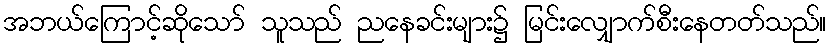
အဘယ်ကြောင့်ဆိုသော် သူသည် ညနေခင်းများ၌ မြင်းလျှောက်စီးနေတတ်သည်။